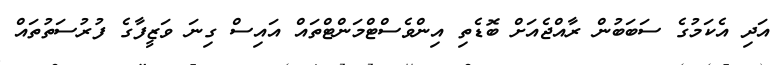
އަދި އެކަމުގެ ސަބަބުން ރާއްޖެއަށް ބޮޑެތި އިންވެސްޓްމަންޓްތައް އައިސް ގިނަ ވަޒީފާގެ ފުރުސަތުތައް